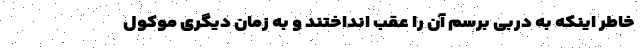
خاطر اینکه به دربی برسم آن را عقب انداختند و به زمان دیگری موکول